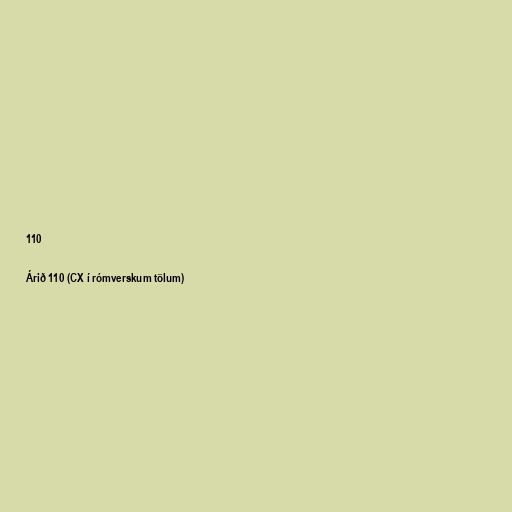
110

Árið 110 (CX í rómverskum tölum)